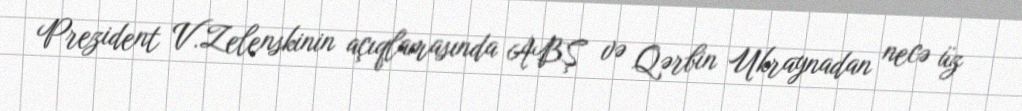
Prezident V.Zelenskinin açıqlamasında ABŞ və Qərbin Ukraynadan necə üz